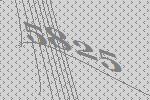
5825